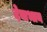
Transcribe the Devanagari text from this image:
देवाभान